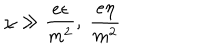
\chi \gg \frac { e \epsilon } { m ^ { 2 } } , \; \frac { e \eta } { m ^ { 2 } }